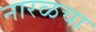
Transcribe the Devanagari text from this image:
नारळचा